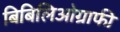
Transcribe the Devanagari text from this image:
बिबिलिओग्राफी